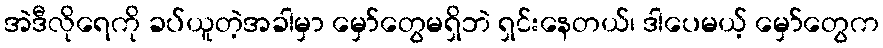
အဲဒီလိုရေကို ခပ်ယူတဲ့အခါမှာ မှော်တွေမရှိဘဲ ရှင်းနေတယ်၊ ဒါပေမယ့် မှော်တွေက